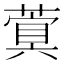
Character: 𮑐